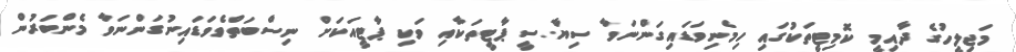
މަޖިލީހުގެ ދާއިމީ ކޮމިޓީތަކުގައި ހިމެނިވަޑައިގަންނަވާ ސިޔާސީ ޕާޓީތަކާއި ވަކި ޕާޓީއަކަށް ނިސްބަތްވެވަޑައިނުގަންނަވާ މެންބަރުން